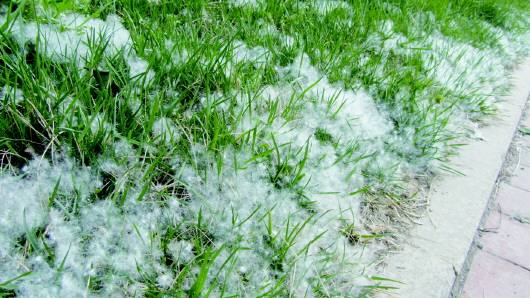
杨柳青青著地垂，杨花漫漫搅天飞。